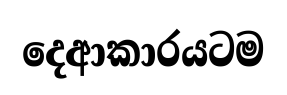
දෙආකාරයටම